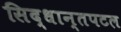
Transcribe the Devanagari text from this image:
सिद्धान्तपटल